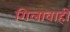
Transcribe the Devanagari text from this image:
गिलावाही